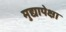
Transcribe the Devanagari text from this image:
मुद्यापेक्षा